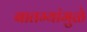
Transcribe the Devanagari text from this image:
बातम्यांमुळे